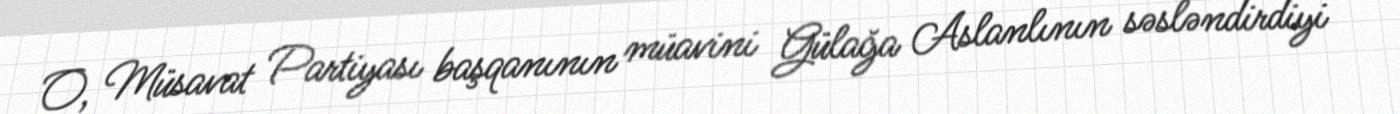
O, Müsavat Partiyası başqanının müavini Gülağa Aslanlının səsləndirdiyi